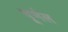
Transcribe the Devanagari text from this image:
चूर्णल